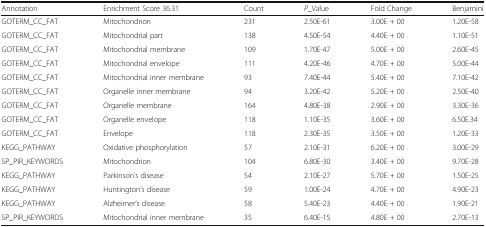
<table><thead><tr><td><b>Annotation</b></td><td><b>Enrichment Score 36.31</b></td><td><b>Count</b></td><td><b><i>P</i>_Value</b></td><td><b>Fold Change</b></td><td><b>Benjamini</b></td></tr></thead><tbody><tr><td>GOTERM_CC_FAT</td><td>Mitochondrion</td><td>231</td><td>2.50E-61</td><td>3.00E + 00</td><td>1.20E-58</td></tr><tr><td>GOTERM_CC_FAT</td><td>Mitochondrial part</td><td>138</td><td>4.50E-54</td><td>4.40E + 00</td><td>1.10E-51</td></tr><tr><td>GOTERM_CC_FAT</td><td>Mitochondrial membrane</td><td>109</td><td>1.70E-47</td><td>5.00E + 00</td><td>2.60E-45</td></tr><tr><td>GOTERM_CC_FAT</td><td>Mitochondrial envelope</td><td>111</td><td>4.20E-46</td><td>4.70E + 00</td><td>5.00E-44</td></tr><tr><td>GOTERM_CC_FAT</td><td>Mitochondrial inner membrane</td><td>93</td><td>7.40E-44</td><td>5.40E + 00</td><td>7.10E-42</td></tr><tr><td>GOTERM_CC_FAT</td><td>Organelle inner membrane</td><td>94</td><td>3.20E-42</td><td>5.20E + 00</td><td>2.50E-40</td></tr><tr><td>GOTERM_CC_FAT</td><td>Organelle membrane</td><td>164</td><td>4.80E-38</td><td>2.90E + 00</td><td>3.30E-36</td></tr><tr><td>GOTERM_CC_FAT</td><td>Organelle envelope</td><td>118</td><td>1.10E-35</td><td>3.60E + 00</td><td>6.50E.34</td></tr><tr><td>GOTERM_CC_FAT</td><td>Envelope</td><td>118</td><td>2.30E-35</td><td>3.50E + 00</td><td>1.20E-33</td></tr><tr><td>KEGG_PATHWAY</td><td>Oxidative phosphorylation</td><td>57</td><td>2.10E-31</td><td>6.20E + 00</td><td>3.00E-29</td></tr><tr><td>SP_PIR_KEYWORDS</td><td>Mitochondrion</td><td>104</td><td>6.80E-30</td><td>3.40E + 00</td><td>9.70E-28</td></tr><tr><td>KEGG_PATHWAY</td><td>Parkinson’s disease</td><td>54</td><td>2.10E-27</td><td>5.70E + 00</td><td>1.50E-25</td></tr><tr><td>KEGG_PATHWAY</td><td>Huntington’s disease</td><td>59</td><td>1.00E-24</td><td>4.70E + 00</td><td>4.90E-23</td></tr><tr><td>KEGG_PATHWAY</td><td>Alzheimer’s disease</td><td>58</td><td>5.40E-23</td><td>4.40E + 00</td><td>1.90E-21</td></tr><tr><td>SP_PIR_KEYWORDS</td><td>Mitochondrial inner membrane</td><td>35</td><td>6.40E-15</td><td>4.80E + 00</td><td>2.70E-13</td></tr></tbody></table>